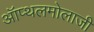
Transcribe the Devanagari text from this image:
ऑप्थलमोलाजी